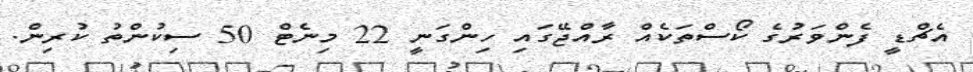
އެޗްޑީ ފެންވަރުގެ ކޯސްތަކެއް ރާއްޖޭގައި ހިންގަނީ 22 މިނެޓް 50 ސިކުންތު ކުރިން.